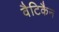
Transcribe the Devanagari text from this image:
वैटिकैन